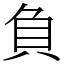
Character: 負